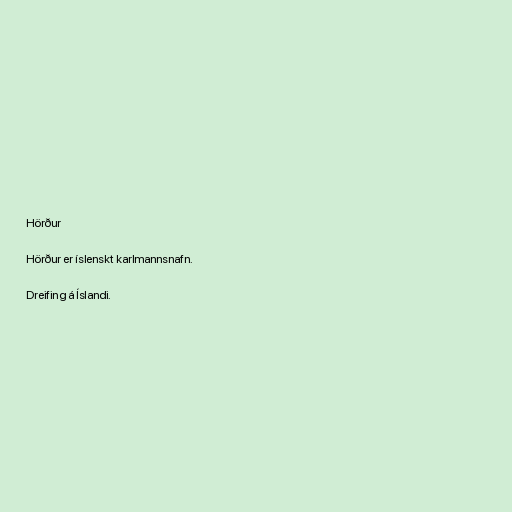
Hörður

Hörður er íslenskt karlmannsnafn.

Dreifing á Íslandi.